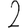
Digit: 2